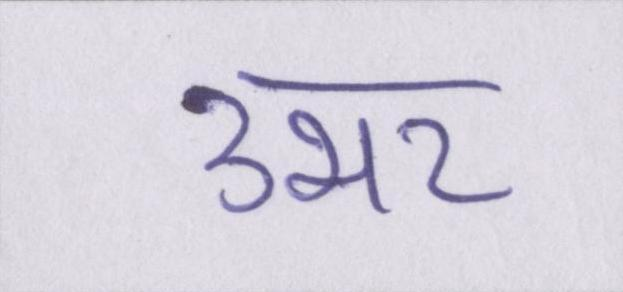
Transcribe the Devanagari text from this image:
उभर